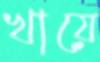
খায়ে